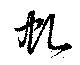
虬